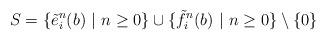
LaTeX: \begin{align*}S = \{ \tilde{e}_i^n (b) \ | \ n \geq 0 \} \cup \{ \tilde{f}_i^n (b) \ | \ n \geq 0 \} \setminus \{ 0 \}\end{align*}